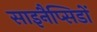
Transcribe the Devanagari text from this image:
साइनैप्सिडों